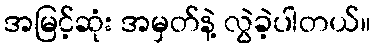
အမြင့်ဆုံး အမှတ်နဲ့ လွဲခဲ့ပါတယ်။